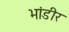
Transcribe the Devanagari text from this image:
भांडीर